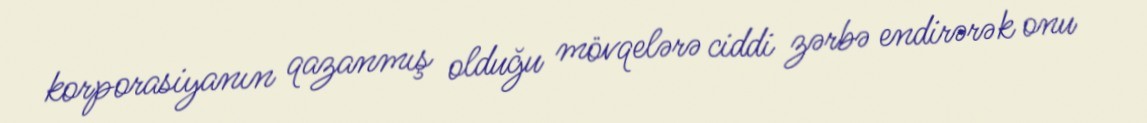
korporasiyanın qazanmış olduğu mövqelərə ciddi zərbə endirərək onu